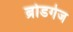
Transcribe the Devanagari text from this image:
ब्रोडगेज